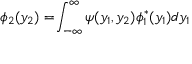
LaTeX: \phi _ { 2 } ( y _ { 2 } ) = \! \int _ { - \infty } ^ { \infty } \psi ( y _ { 1 } , y _ { 2 } ) \phi _ { 1 } ^ { * } ( y _ { 1 } ) d y _ { 1 }